Vaccination report Assam 1896-1927 - 1896-1927
Year: 1896
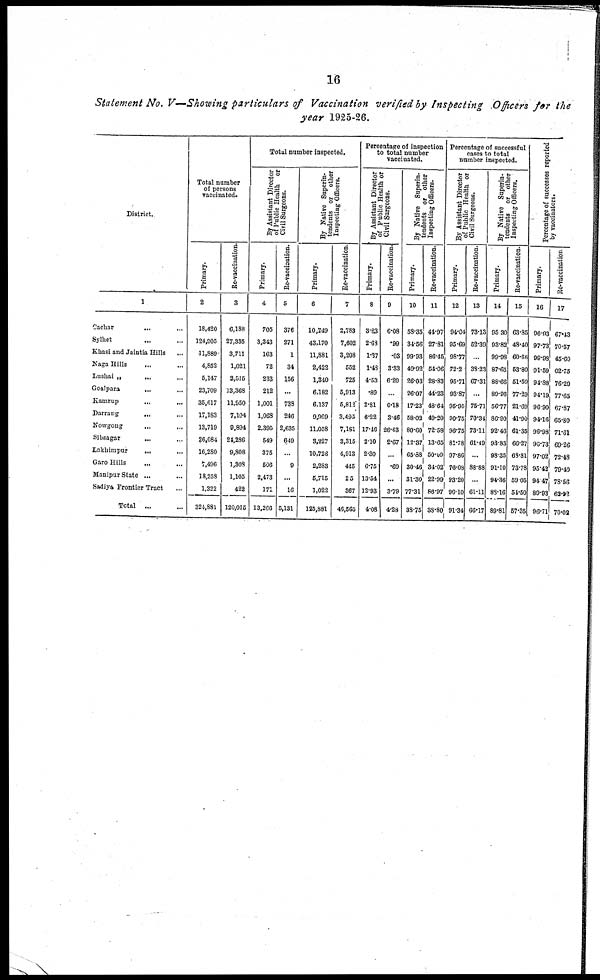
16
Statement No. V—Showing particulars of Vaccination verified by Inspecting Officers for the
year 1925-26.
District.
1
Cachar
... ...
Sylhet ... ...
Khasi and Jaintia Hills ...
Naga Hills
... ...
Lushai „
... ...
Goalpara
... ...
Kamrup ... ...
Darrang
... ...
Nowgong ... ...
Sibsagar
... ...
Lakhimpur
... ...
Garo Hills ... ...
Manipur State ... ...
Sadiya Frontier Tract ...
Total ... ...
Total number
of persons
vaccinated.
Primary.
2
18,420
124,005
11,889
4,852
5,147
23,709
36,617
17,183
13,719
26,084
16,280
7,496
18,258
1,322
324,831
Re-vaccination.
3
6,188
27,335
3,711
1,021
2,515
13,368
11,950
7,104
9,894
24,286
9,808
1,308
1,105
422
120,015
Total number inspected.
By Assistant Director
of Public Health or
Civil Surgeons.
Primary.
4
705
3,343
163
72
233
212
1,001
1,063
2,395
549
375
506
2,473
171
13,266
Re-vaccination.
5
376
271
1
34
156
...
733
246
2,635
649
...
9
...
16
5,131
By Native Superin-
tendents or other
Inspecting Officers.
Primary.
6
10,249
43,170
11,881
2,422
1,340
6,182
6,137
9,969
11,058
3,227
10,728
2,283
5,715
1,022
125,881
Re-vaccination.
7
2,783
7,602
3,208
552
725
5,913
5,812
3,495
7,181
3,315
4,913
445
25
367
46,565
Percentage of inspection
to total number
vaccinated.
By Assistant Director
of Public Health or
Civil Surgeons.
Primary.
8
8.83
2.68
1.37
1.43
4.53
.89
2.81
6.22
17.46
2.10
2.30
6.75
13.54
12.93
4.08
Re-vaccination.
9
6.08
.99
.03
3.33
6.20
...
6.18
3.46
26.63
2.67
...
.69
...
3.79
4.28
By Native Superin-
tendents or other
Inspecting Officers.
Primary.
10
58.35
34.56
99.93
49.92
26.03
26.07
17.23
58.02
80.60
12.37
65.88
30.46
31.30
77.31
38.75
Re-vaccination.
11
44.97
27.81
86.45
51.06
28.83
44.23
48.64
49.20
72.58
13.65
50.09
34.02
22.99
86.97
38.80
Percentage of successful
cases to total
number inspected.
By Assistant Director
of Public Health or
Civil Surgeons.
Primary.
12
94.04
95.69
98.77
72.2
95.71
93.87
95.95
90.75
96.75
81.78
97.86
76.08
93.20
96.10
91.34
Re-vaccination.
13
73.13
52.39
...
33.23
67.31
...
75.71
70.3.
73.11
61.49
...
88.88
...
61.11
66.17
By Native Superin¬
tendents or other
Inspecting Officers.
Primary.
14
95.30
93.82
99.98
87.65
88.66
89.96
56.77
86.90
92.46
93.83
98.35
91.10
94.36
83.16
89.81
Re-vaccination.
15
68.35
48.40
60.66
53.80
51.59
77.29
21.69
41.90
61.35
66.27
68.81
73.78
59.05
54.50
57.35
Percentage of successes reported
by vaccinators.
Primary.
16
96.93
97.73
99.93
91.59
94.88
94.19
96.90
94.16
96.98
96.73
97.02
95.42
94.47
89.93
96.71
Re-vaccination
17
67.43
70.57
45.60
62.75
76.29
77.65
67.87
65.80
71.61
69.26
72.48
79.40
78.56
63.92
70.02